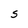
Character: S